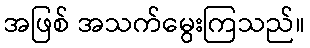
အဖြစ် အသက်မွေးကြသည်။